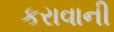
કરાવાની